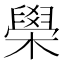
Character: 𦦗